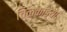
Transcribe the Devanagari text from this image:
चिळकांड्या